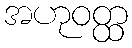
အဟုဝတ္ထ